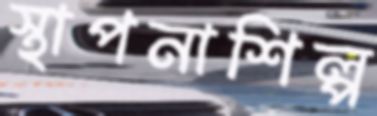
স্থাপনাশিল্প